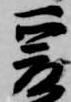
爰